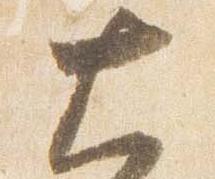
大